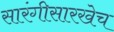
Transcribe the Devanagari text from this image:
सारंगीसारखेच